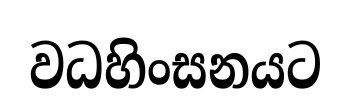
වධහිංසනයට